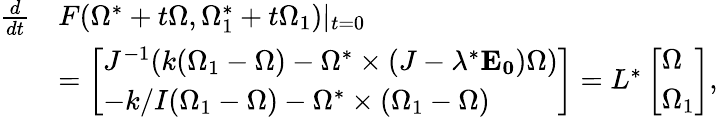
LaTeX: \begin{array}{rl}{\frac{d}{dt}}&{F(\Omega^{*}+t\Omega,\Omega_{1}^{*}+t\Omega_{1})\vert_{t=0}}\\ &{=\left[\begin{array}{l}{J^{-1}(k(\Omega_{1}-\Omega)-\Omega^{*}\times(J-\lambda^{*}\mathbf{E_{0}})\Omega)}\\ {-k/I(\Omega_{1}-\Omega)-\Omega^{*}\times(\Omega_{1}-\Omega)}\end{array}\right]=L^{*}\left[\begin{array}{l}{\Omega}\\ {\Omega_{1}}\end{array}\right],}\end{array}